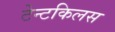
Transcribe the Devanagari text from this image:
टेन्टकिलस